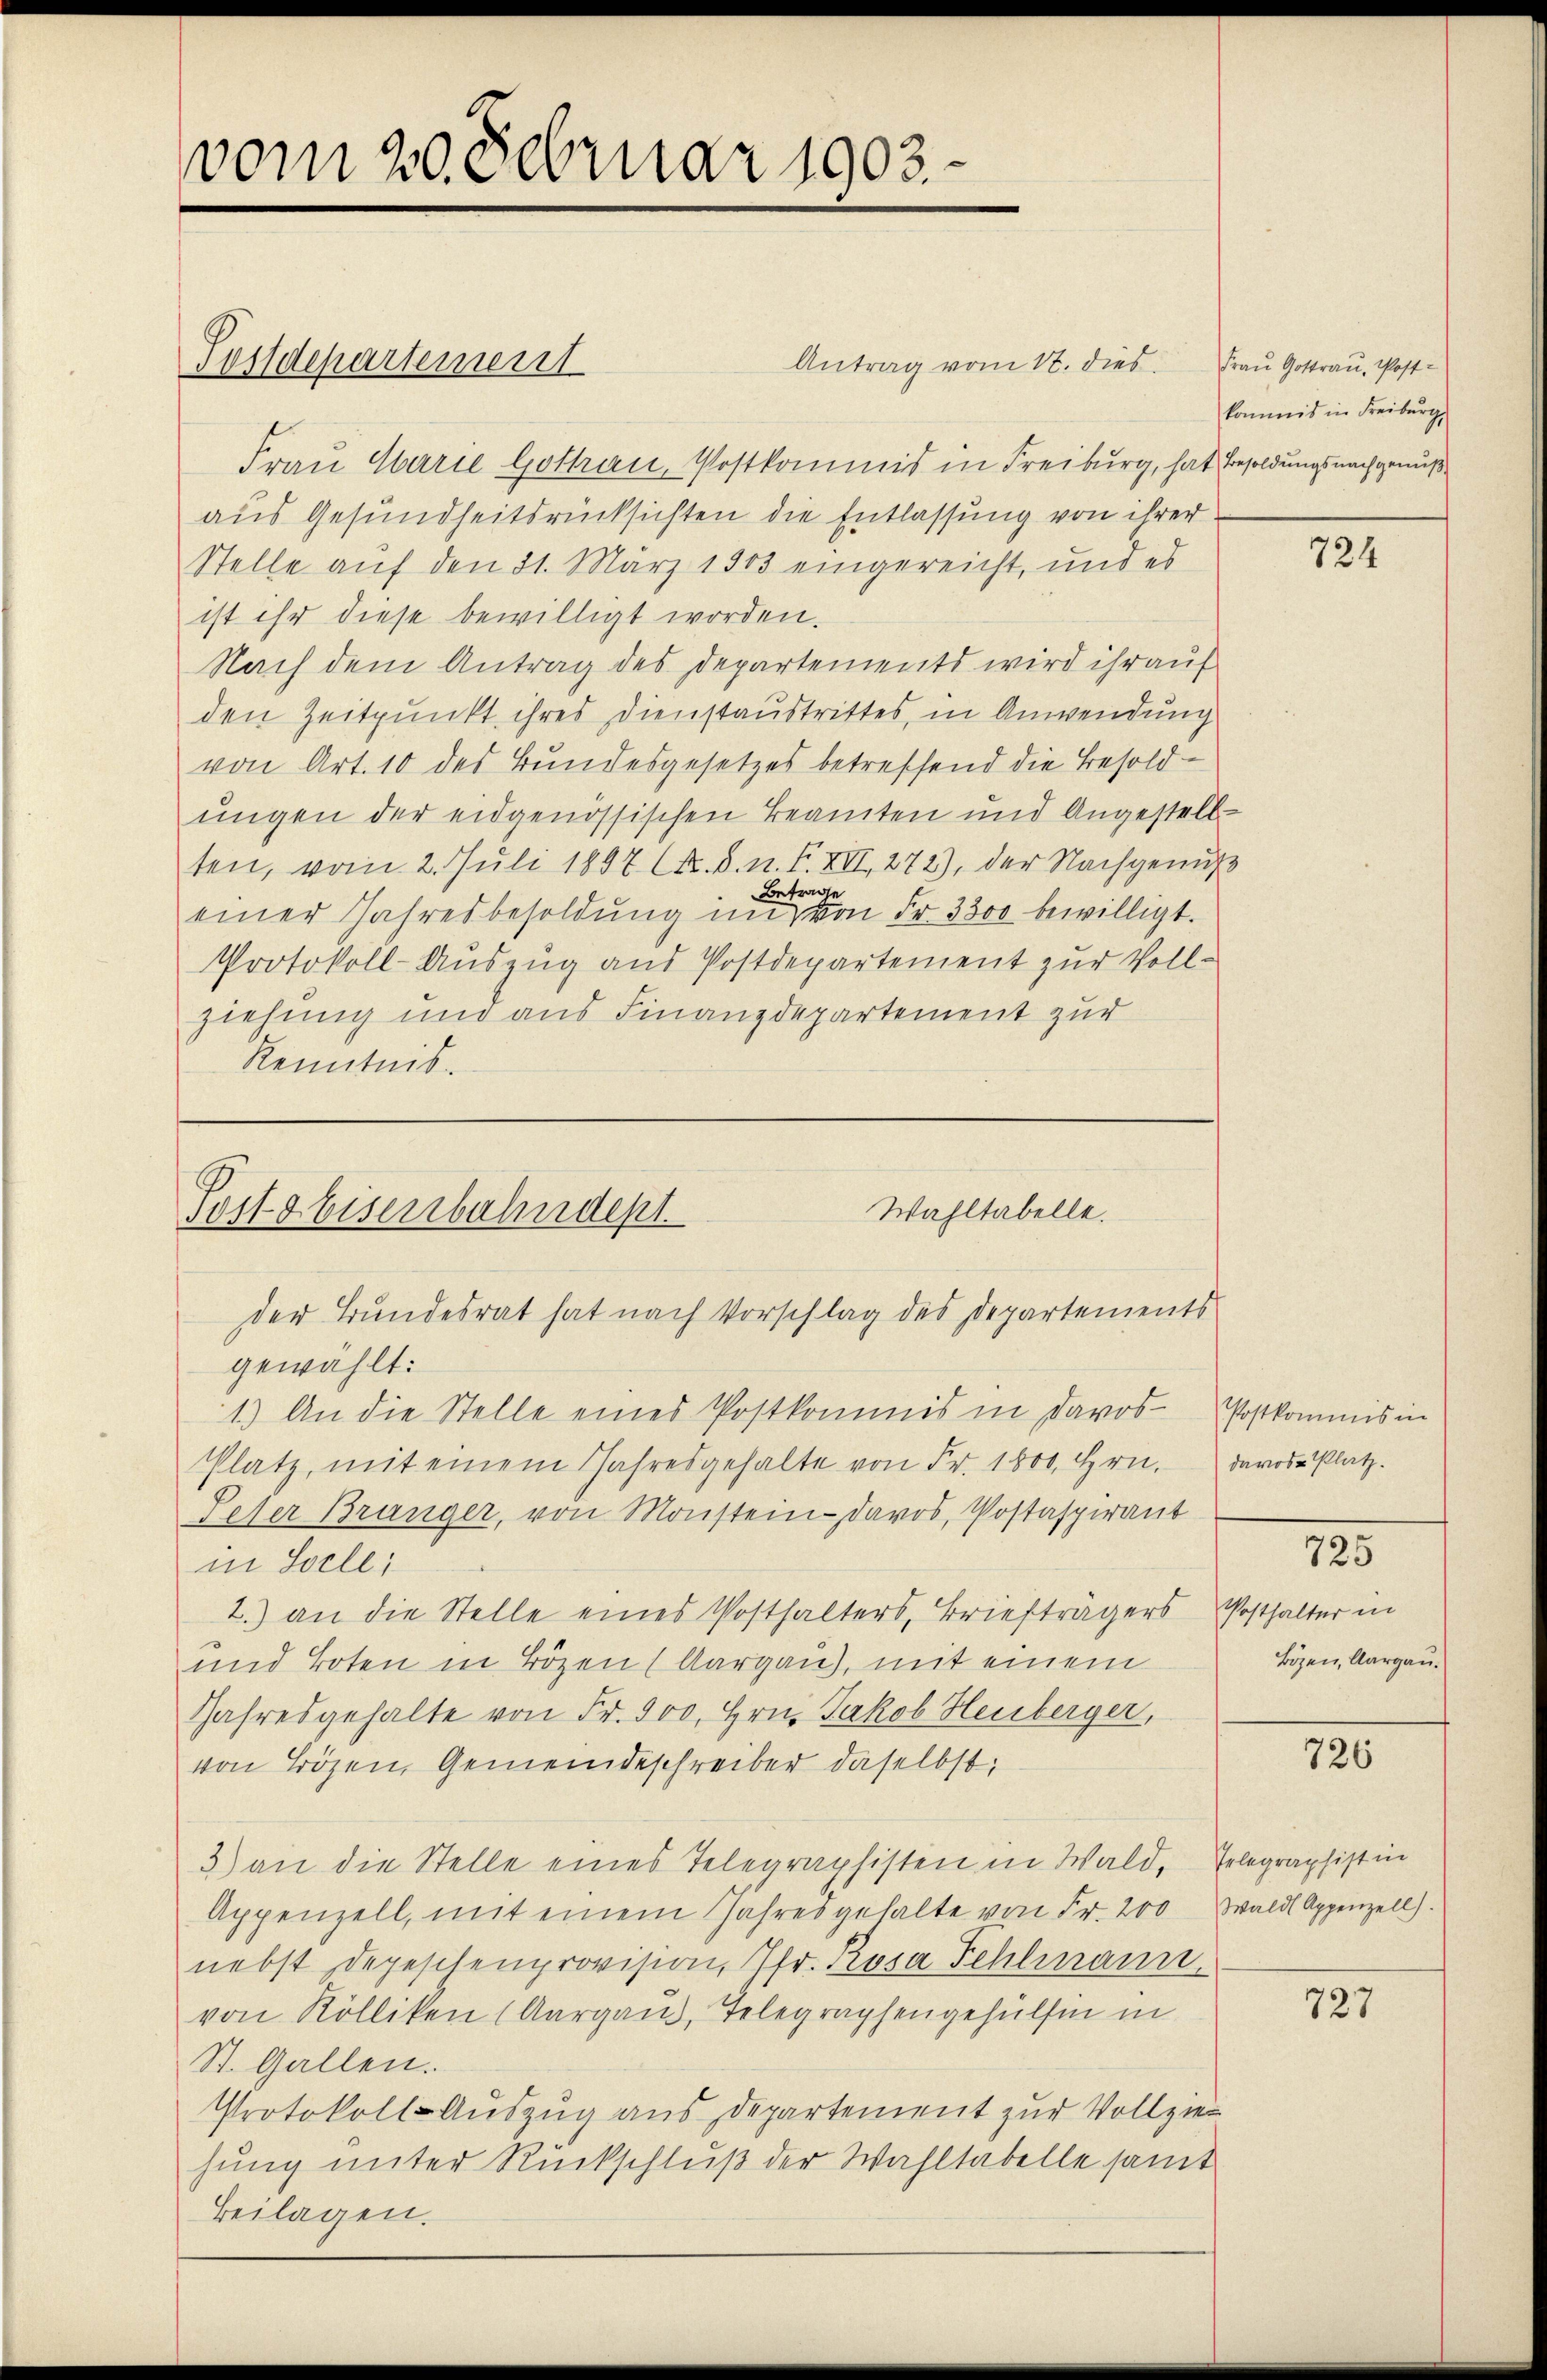
vom 20. Februar 1903.

Antrag vom 12. dies Frau Gottrau, Post-
Frau Marie Gothan, Postkommis in Freiburg, hat Besoldungsnachgenuß
aus Gesundheitsrücksichten die Entlassung von ihrer
Stelle auf den 31. März 1903 eingereicht, und es
ist ihr diese bewilligt worden.
Nach dem Antrag des Departements wird ihr auf
den Zeitpunkt ihres Dienstaustrittes, in Anwendung
von Art. 10 des Bundesgesetzes betreffend die Besoldungen der eidgenössischen Beamten und Angestell
ten, vom 2. Juli 1897 (s. S. n. F. XIII, 272), der Nachgenuß
Betrage
einer Jahresbesoldŭng im von Fr. 3300 bewilligt.
Protokoll-Auszug aus Postdepartement zur Vollziehung und aus Finanzdepartement zur
Kenntnis.

Postdepartement

Wahltabelle.
Posts Eisenbahndept.
der Bundesrat hat nach Vorschlag des Departements

gewählt:
1.) An die Stelle eines Postkommis in Davos- Postkommis in
Platz, mit einem Jahresgehalte von Fr. 1800. Hrn. Davos- Platz.
Peser Bränger, von Monstein Davos, Postaspirant
in Solle;
2.) an die Stelle eines Posthalters, Briefträgers Posthalter in
und Toten in Bozen (Aargau), mit einem
Jahresgehalte von Fr. 900. Hrn. Jakob Heuberger,
von Bözen, Gemeindeschreiber daselbst,
3) an die Stelle eines Telegraphisten in Wald, Telegraphist in
Appenzell, mit einem Jahresgehalte von Fr. 200
nebst Depeschenprovision, Ifr. Rosa Fehlmann.
von Rölliken (Aargau, Telegraphengehülfen in
St. Gallen.
Protokoll-Auszug aus Departement zur Vollziehung unter Rückschluß der Wahltabelle samt
Beilagen.

kommis in Freiburg,

724

725

Bözen, Aargau.

726

Wald Appenzell).

727